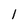
Character: 1